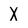
Character: X